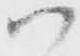
ハ